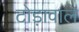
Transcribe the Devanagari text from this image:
टोड़ावाले